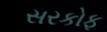
સરકોફ